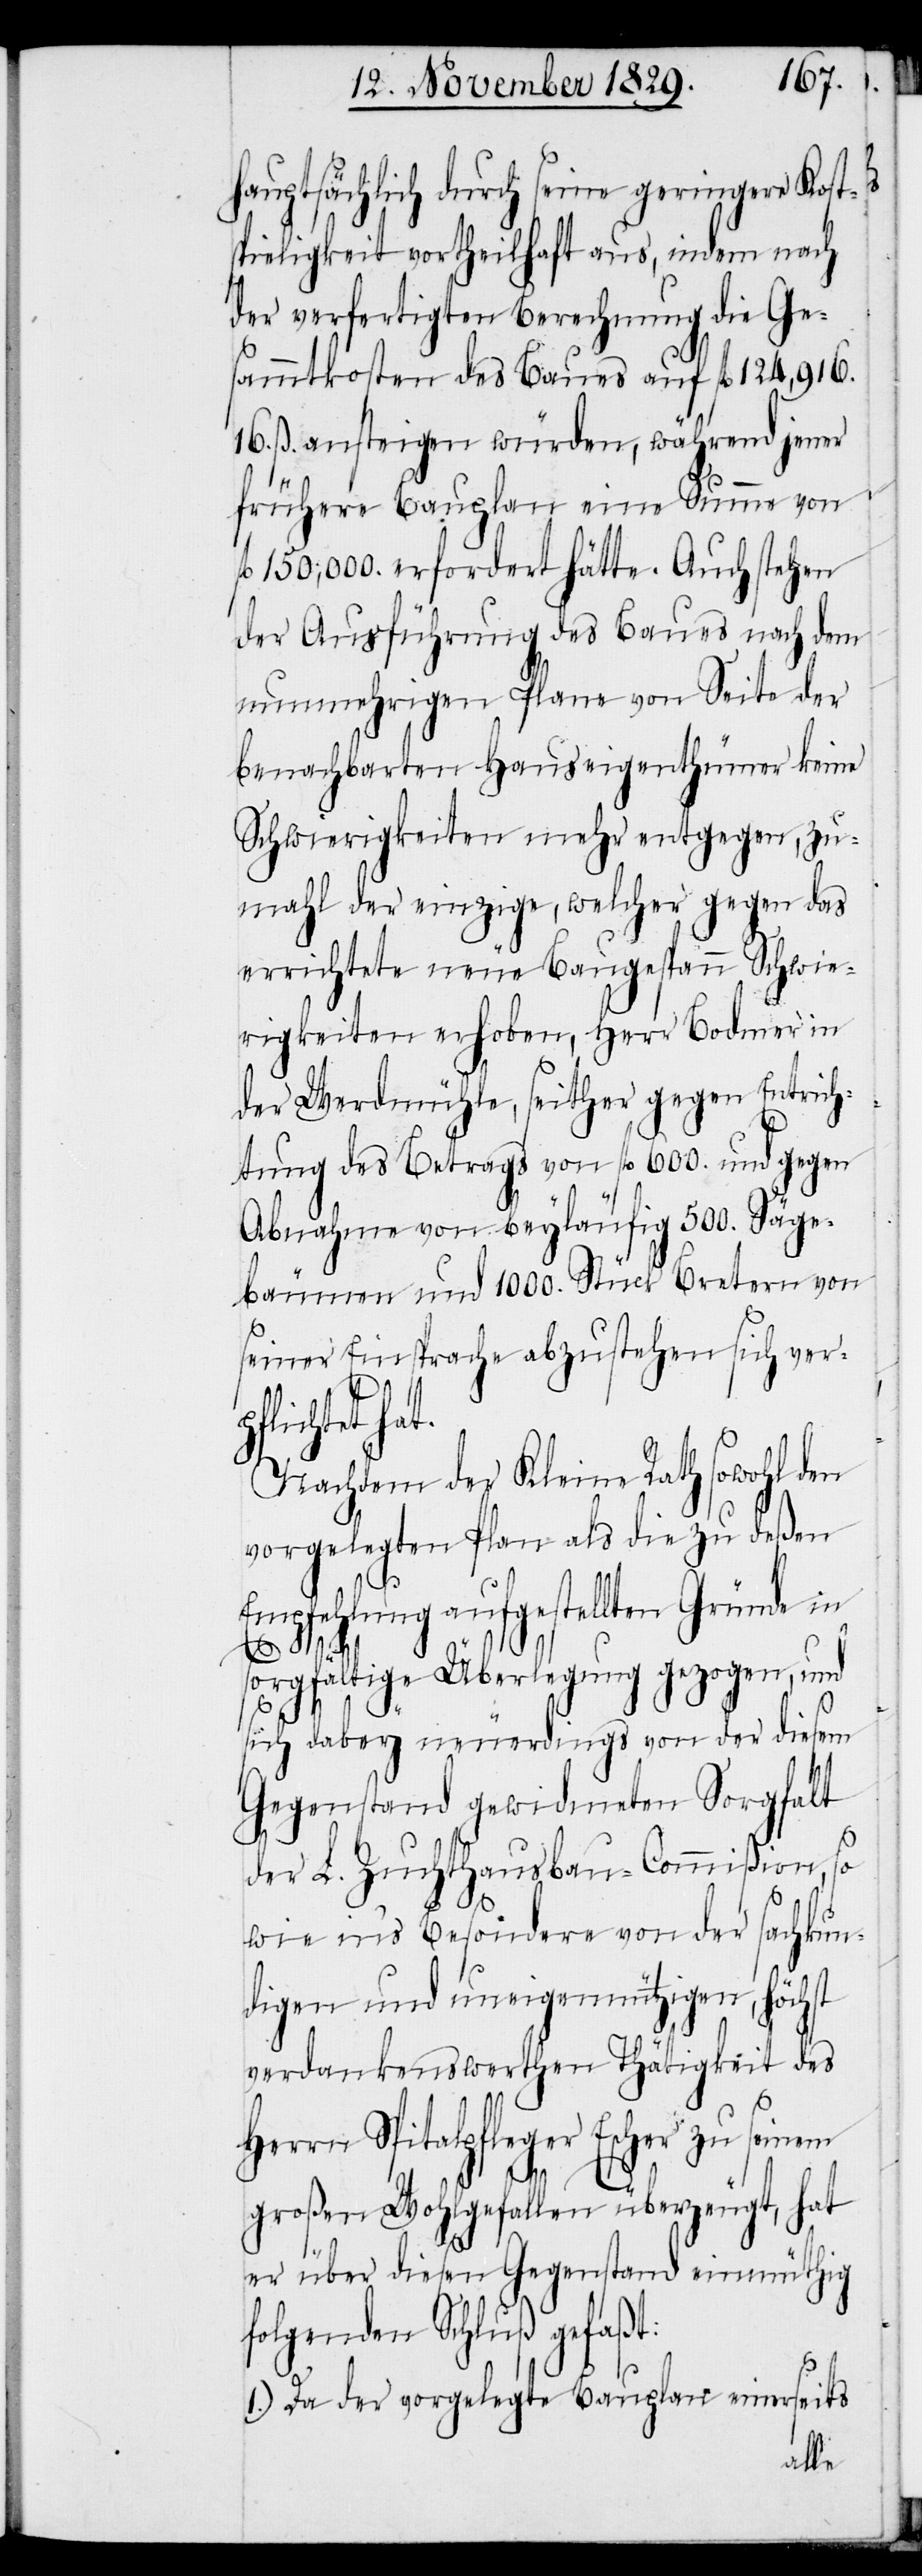
hauptsächlich durch seine geringere Kost¬
spieligkeit vortheilhaft aus, indem nach
der verfertigten Berechnung die Ge¬
sammtkosten des Baues auf fl 124,916.
16. ß. ansteigen würden, während jener
frühere Bauplan eine Summe von
fl 150,000. erfordert hätte. Auch stehen
der Ausführung des Baues nach dem
nunmehrigen Plane von Seite der
benachbarten Hauseigenthümer keine
Schwierigkeiten mehr entgegen, zu¬
mahl der einzige, welcher gegen das
errichtete neue Baugespann Schwie¬
rigkeiten erhoben, Herr Bodmer in
der Werdmühle, seither gegen Entrich¬
tung des Betrags von fl 600. und gegen
Abnahme von beyläufig 500. Säge¬
bäumen und 1000. Stück Bretern von
seiner Einsprache abzustehen sich verp¬
flichtet hat.
Nachdem der Kleine Rath sowohl den
vorgelegten Plan als die zu deßen
Empfehlung aufgestellten Gründe in
sorgfältige Überlegung gezogen, und
sich dabey neuerdings von der diesem
Gegenstand gewidmeten Sorgfalt
der L. Zuchthausbau-Commißion, so
wie ins Besondere von der sachkun¬
digen und uneigennützigen, höchst
verdankenswerthen Thätigkeit des
Herrn Spitalpfleger Escher zu seinem
großen Wohlgefallen überzeugt, hat
er über diesen Gegenstand einmüthig
folgenden Schluß gefaßt:
1.) Da der vorgelegte Bauplan einerseits